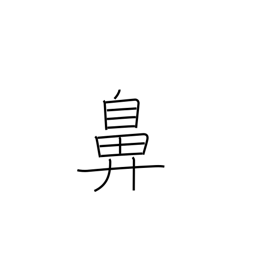
Meaning: nose